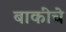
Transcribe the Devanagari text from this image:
बाकींचे